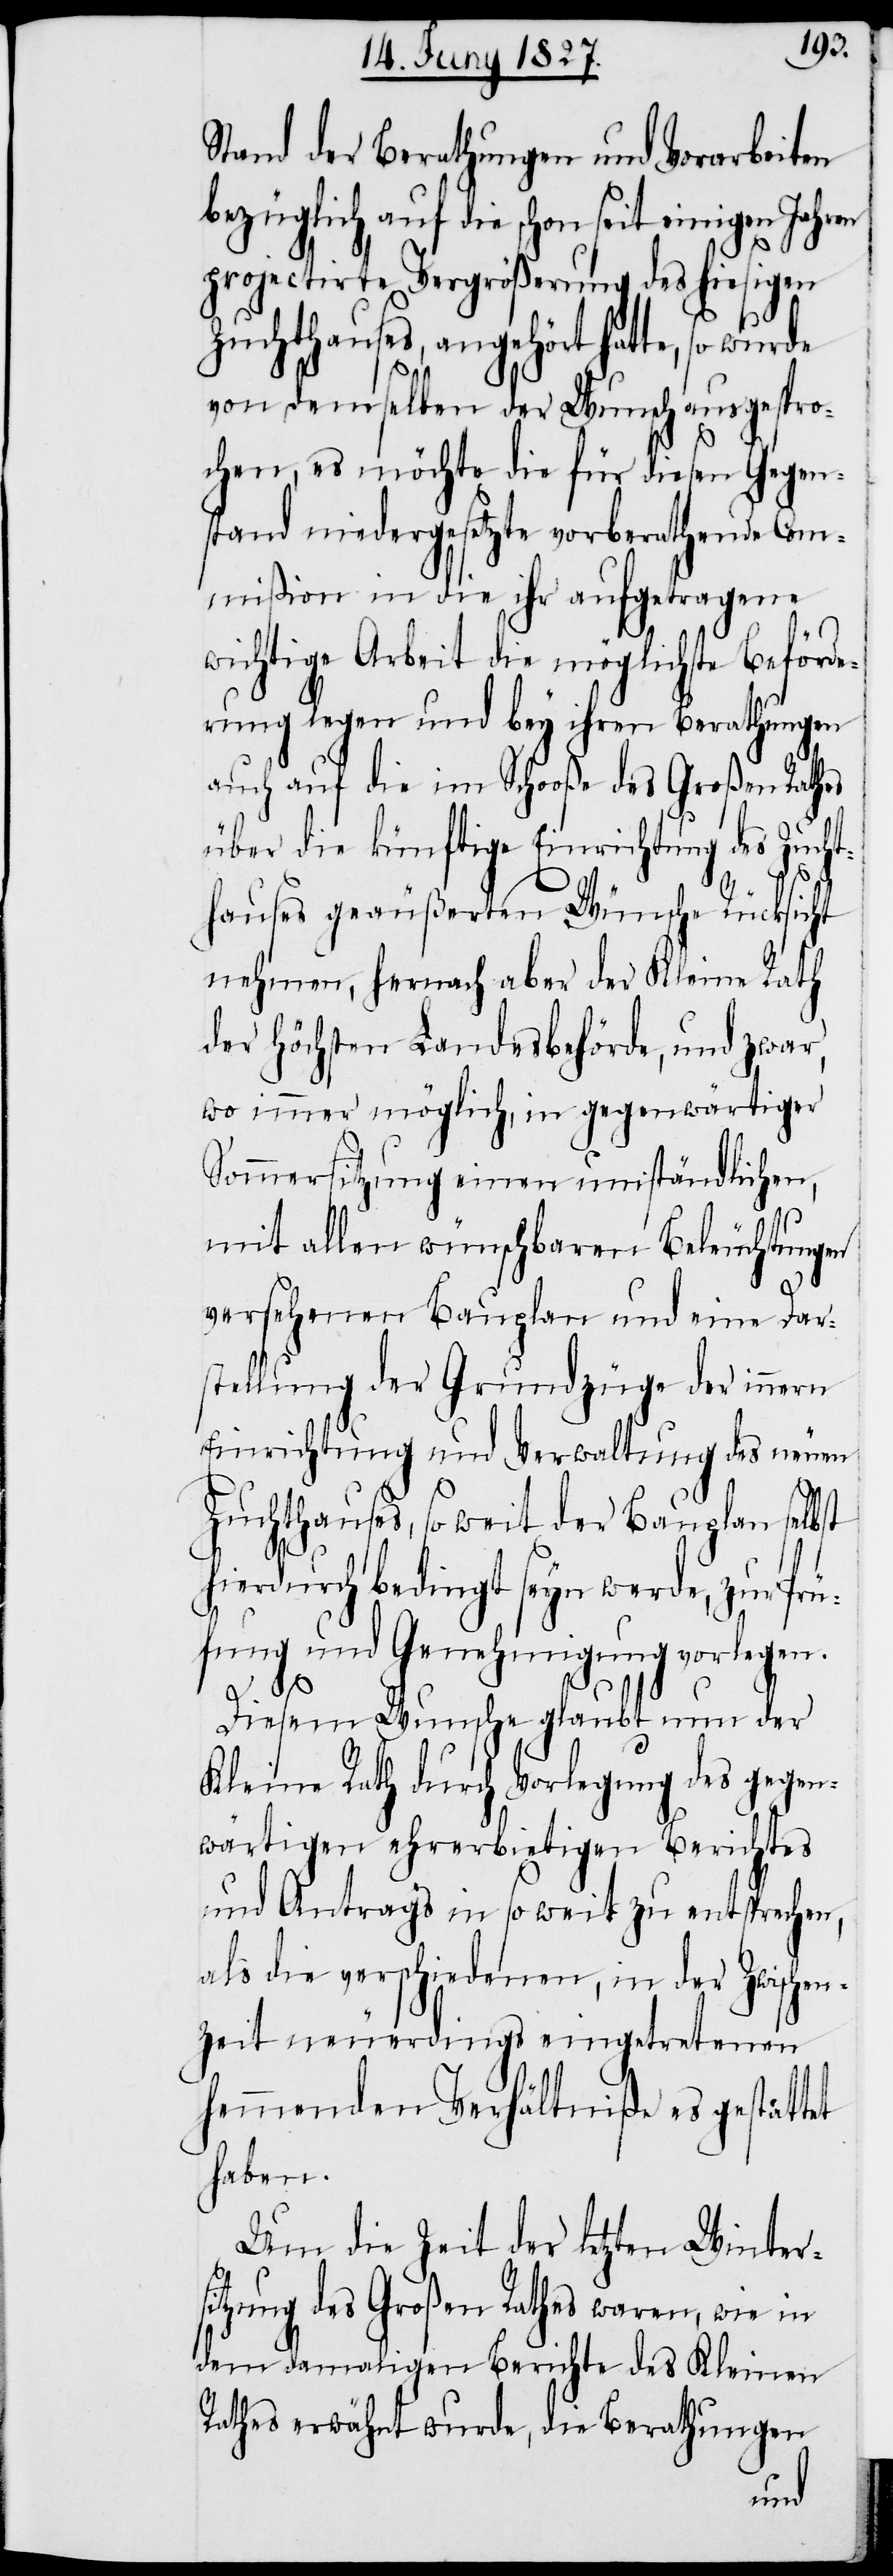
Stand der Berathungen und Vorarbeiten
bezüglich, auf die schon seit einigen Jahren
projectirte Vergrößerung des hiesigen
Zuchthauses, angehört hatte, so wurde
von demselben der Wunsch ausgespro¬
chen, es möchte die für diesen Gegen¬
stand niedergesetzte vorberathende Com¬
mißion in die ihr aufgetragene
wichtige Arbeit die möglichste Beförde¬
rung legen und bey ihren Berathungen
auch auf die im Schooße des großen Rathes
über die künftige Einrichtung des Zuch¬
thauses geäußerten Wünsche Rücksicht
nehmen, hernach aber der Kleine Rath
der Höchsten Landesbehörde, und zwar,
wo immer möglich, in gegenwärtiger
Sommersitzung einen umständlichen,
mit allen wünschbaren Beleuchtungen
versehenen Bauplan und eine Dar¬
stellung der Grundzüge der innern
Einrichtung und Verwaltung des neuen
Zuchthauses, so weit der Bauplan selbst
hierdurch bedingt seyn werde, zur Prü¬
fung und Genehmigung vorlegen.
Diesem Wunsche glaubt nun der
Kleine Rath durch Vorlegung des gegen¬
wärtigen ehrerbietigen Berichtes
und Antrags in so weit zu entsprechen,
als die verschiedenen, in der Zwischen¬
zeit neuerdings eingetretenen
hemmenden Verhältniße es gestattet
haben.
Um die Zeit der letzten Winter¬
sitzung des Großen Rathes waren, wie in
dem damaligen Berichte des Kleinen
Rathes erwähnt wurde, die Berathungen